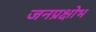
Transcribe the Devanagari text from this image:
जनप्रक्षोभ